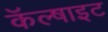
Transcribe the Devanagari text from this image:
कॅल्षाइट